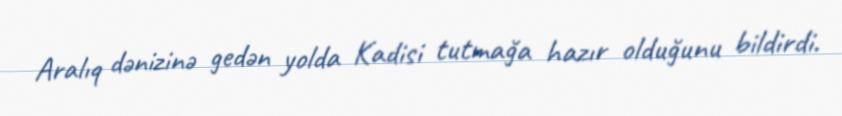
Aralıq dənizinə gedən yolda Kadisi tutmağa hazır olduğunu bildirdi.